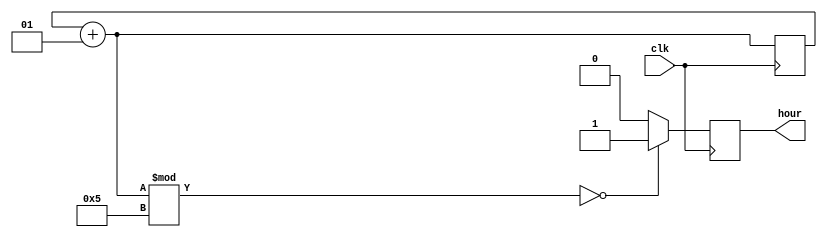
module ClockCounter #(parameter n = 5) (input clk, output reg hour);
    integer i;
    
    initial begin
        hour = 0;
        i = 0;
    end

    always @(posedge clk) begin
        i = i + 1;
        if (i % n == 0)
            hour = 1;
        else
            hour = 0;
    end
endmodule